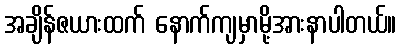
အချိန်ဇယားထက် နောက်ကျမှာမို့အားနာပါတယ်။